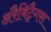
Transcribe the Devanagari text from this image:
अरैबिट्रैगस